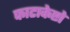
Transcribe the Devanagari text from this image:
फाटाकेष्टो